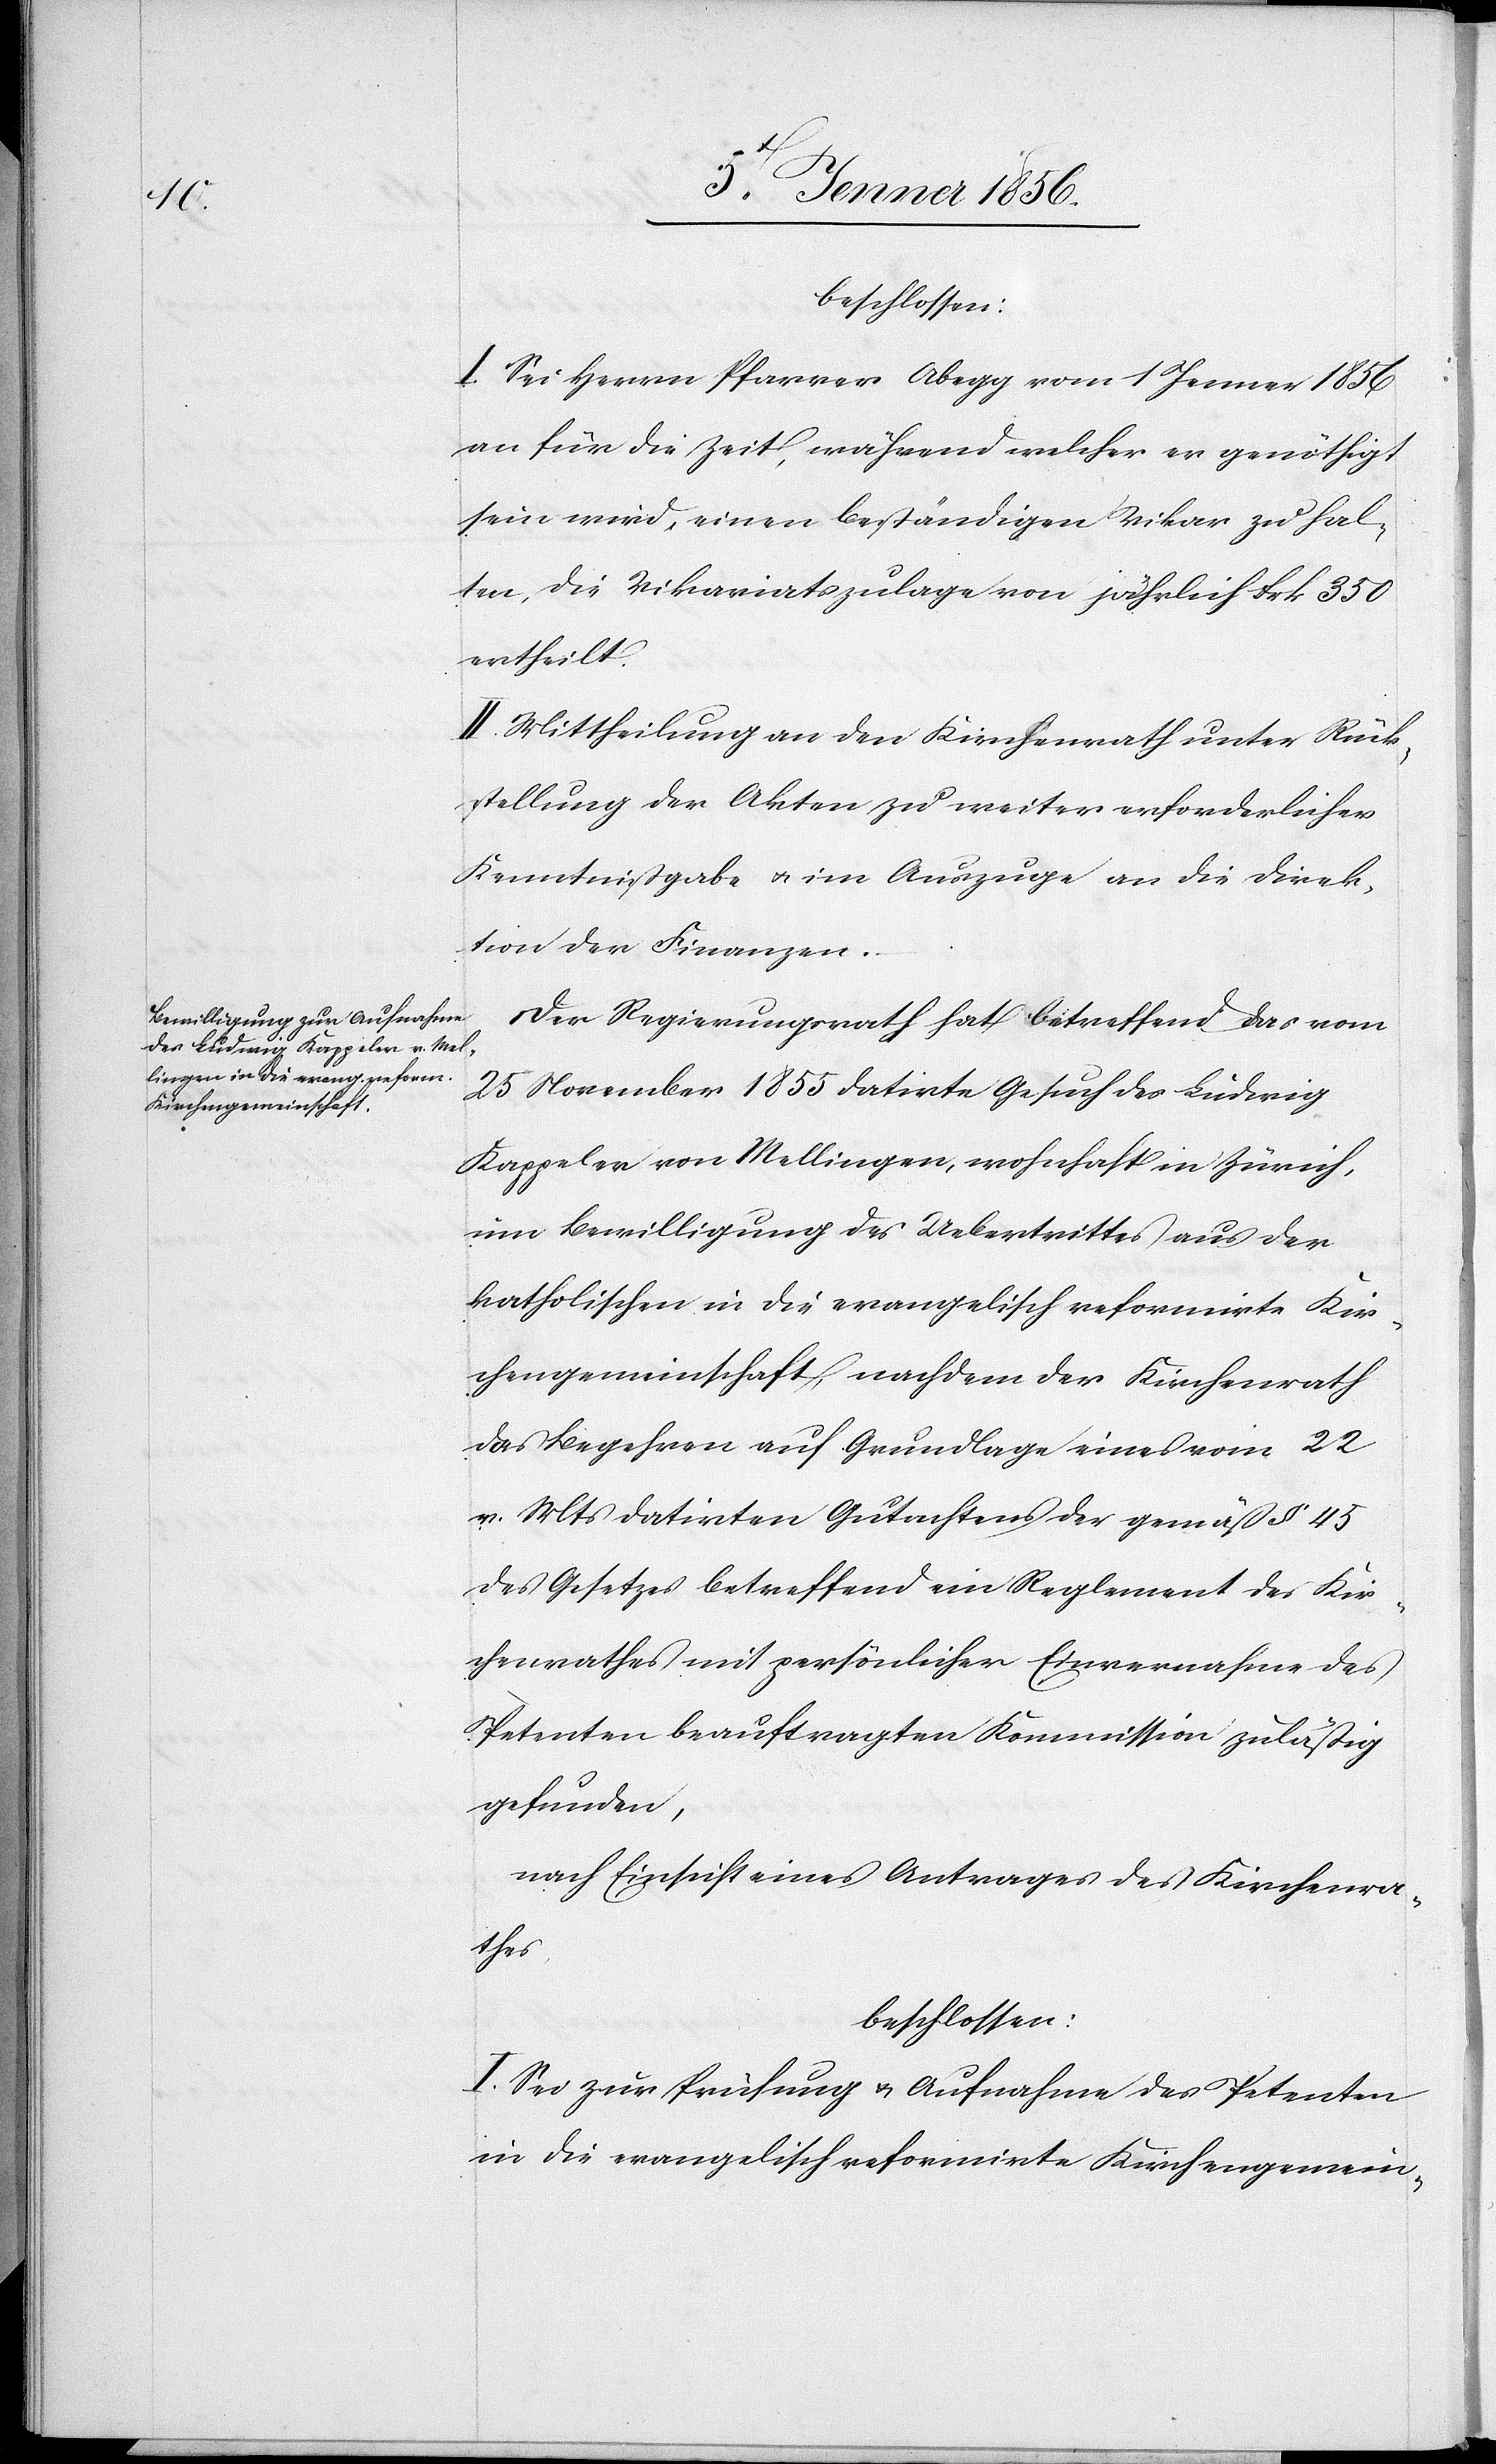
beschlossen:
I. Sei Herrn Pfarrer Abegg vom 1 Jenner 1856
an für die Zeit, während welcher er genöthigt
sein wird, einen beständigen Vikar zu hal¬
ten, die Vikariatszulage von jährlich Frk 350
ertheilt.
II. Mittheilung an den Kirchenrath unter Rück¬
stellung der Akten zu weiter erforderlicher
Kenntnißgabe u. im Auszuge an die Direk¬
tion der Finanzen.
Der Regierungsrath hat betreffend das vom
25 November 1855 datirte Gesuch des Ludwig
Kappeler von Mellingen, wohnhaft in Zürich,
um Bewilligung des Uebertrittes aus der
katholischen in die evangelisch reformirte Kir¬
chengemeinschaft, nachdem der Kirchenrath
das Begehren auf Grundlage eines vom 22
v. Mts datirten Gutachtens der gemäß § 45
des Gesetzes betreffend ein Reglement des Kir¬
chenrathes mit persönlicher Einvernahme des
Petenten beauftragten Kommission zuläßig
gefunden,
nach Einsicht eines Antrages des Kirchenra¬
thes
beschlossen:
I. Sei zur Prüfung u. Aufnahme des Petenten
in die evangelisch reformirte Kirchengemein-